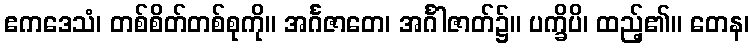
ဧကဒေသံ၊ တစ်စိတ်တစ်စုကို။ အင်္ဂဇာတေ၊ အင်္ဂါဇာတ်၌။ ပက္ခိပိ၊ ထည့်၏။ တေန၊